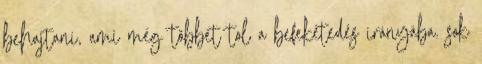
behajtani, ami még többet tol a befeketedés irányába. sok